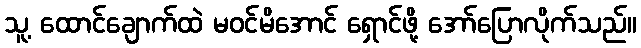
သူ့ ထောင်ချောက်ထဲ မဝင်မိအောင် ရှောင်ဖို့ အော်ပြောလိုက်သည်။